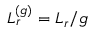
L _ { r } ^ { ( g ) } = { L _ { r } } / { g }